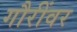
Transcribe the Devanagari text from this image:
गौरींवर